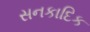
સનકાદિક